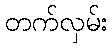
တက်လှမ်း